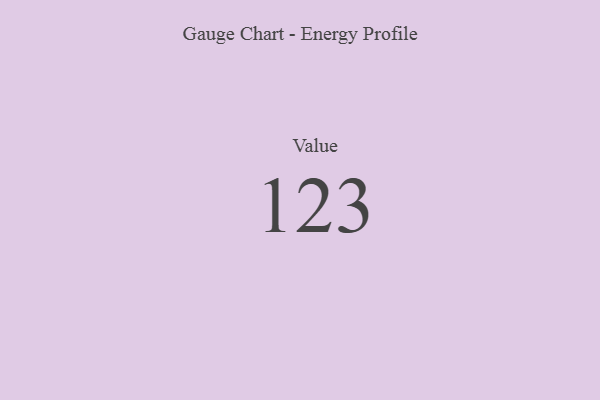
{"axis": {"x": "Metric", "y": "Value"}, "legend": [""], "data": [{"x": "Value", "y": 123, "type": ""}]}